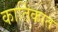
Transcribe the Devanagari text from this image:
कार्तिकात